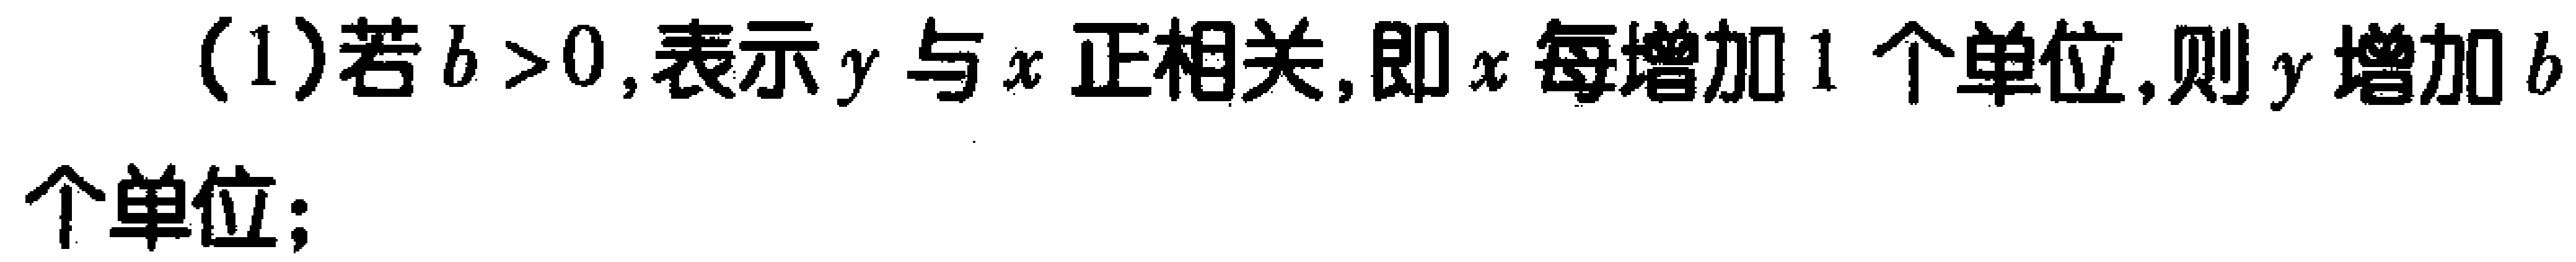
(1)若\(b > 0\),表示\(y\)与\(x\)正相关,即\(x\)每增加\(1\)个单位,则\(y\)增加\(b\)个单位;